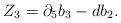
LaTeX: \begin{align*}Z_3 = \partial_5 b_3 - db_2. \end{align*}